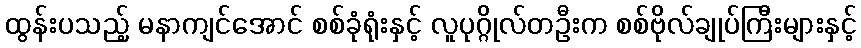
ထွန်းပသည့် မနာကျင်အောင် စစ်ခုံရုံးနှင့် လူပုဂ္ဂိုလ်တဦးက စစ်ဗိုလ်ချုပ်ကြီးများနှင့်